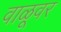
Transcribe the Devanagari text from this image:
वाळूवर